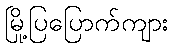
မြို့ပြပြောက်ကျား